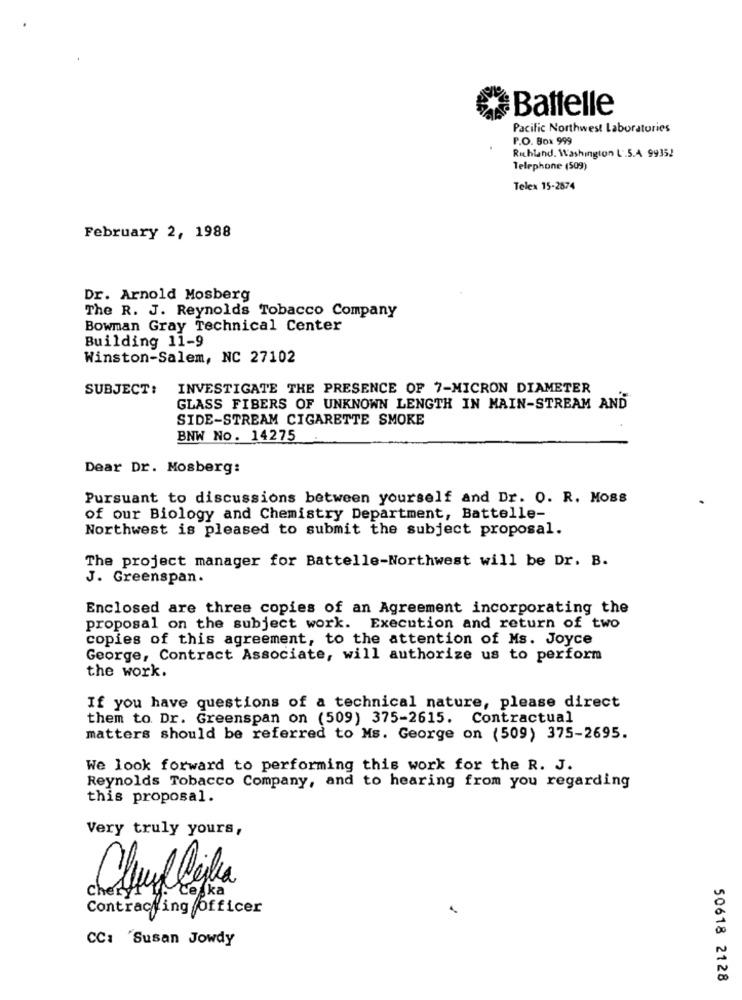
Battelle
Pacific Northwest Laboratories
P.O. Box 999
Richland. Washington L'.5.4 99352
Telephone (509)
Telex 15-2574
February 2, 1988
Dr. Arnold Mosberg
The R. J. Reynolds Tobacco Company
Bowman Gray Technical Center
Building 11-9
Winston-Salem, NC 27102
SUBJECT:
INVESTIGATE THE PRESENCE OF 7-MICRON DIAMETER
GLASS FIBERS OF UNKNOWN LENGTH IN MAIN-STREAM AND
SIDE-STREAM CIGARETTE SMOKE
BNW NO. 14275
Dear Dr. Mosberg:
Pursuant to discussions between yourself and Dr. O. R. Moss
of our Biology and Chemistry Department, Battelle-
Northwest is pleased to submit the subject proposal.
The project manager for Battelle-Northwest will be Dr. B.
J. Greenspan.
Enclosed are three copies of an Agreement incorporating the
proposal on the subject work. Execution and return of two
copies of this agreement, to the attention of Ms. Joyce
George, Contract Associate, will authorize us to perform
the work.
If you have questions of a technical nature, please direct
them to. Dr. Greenspan on (509) 375-2615. Contractual
matters should be referred to Ms. George on (509) 375-2695.
We look forward to performing this work for the R. J.
Reynolds Tobacco Company, and to hearing from you regarding
this proposal.
Very truly yours,
Cheryt . Ceska
Contracting Officer
CC: Susan Jowdy
50618 2128